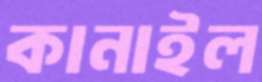
কানাইল